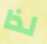
لذا